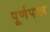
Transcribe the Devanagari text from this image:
पूर्णपाल